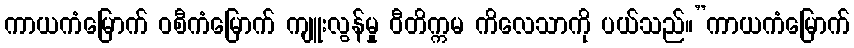
ကာယကံမြောက် ဝစီကံမြောက် ကျူးလွန်မှု ဝီတိက္ကမ ကိလေသာကို ပယ်သည်။”ကာယကံမြောက်